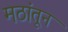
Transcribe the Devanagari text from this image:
मठांतून